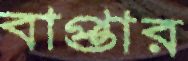
বাপ্তার